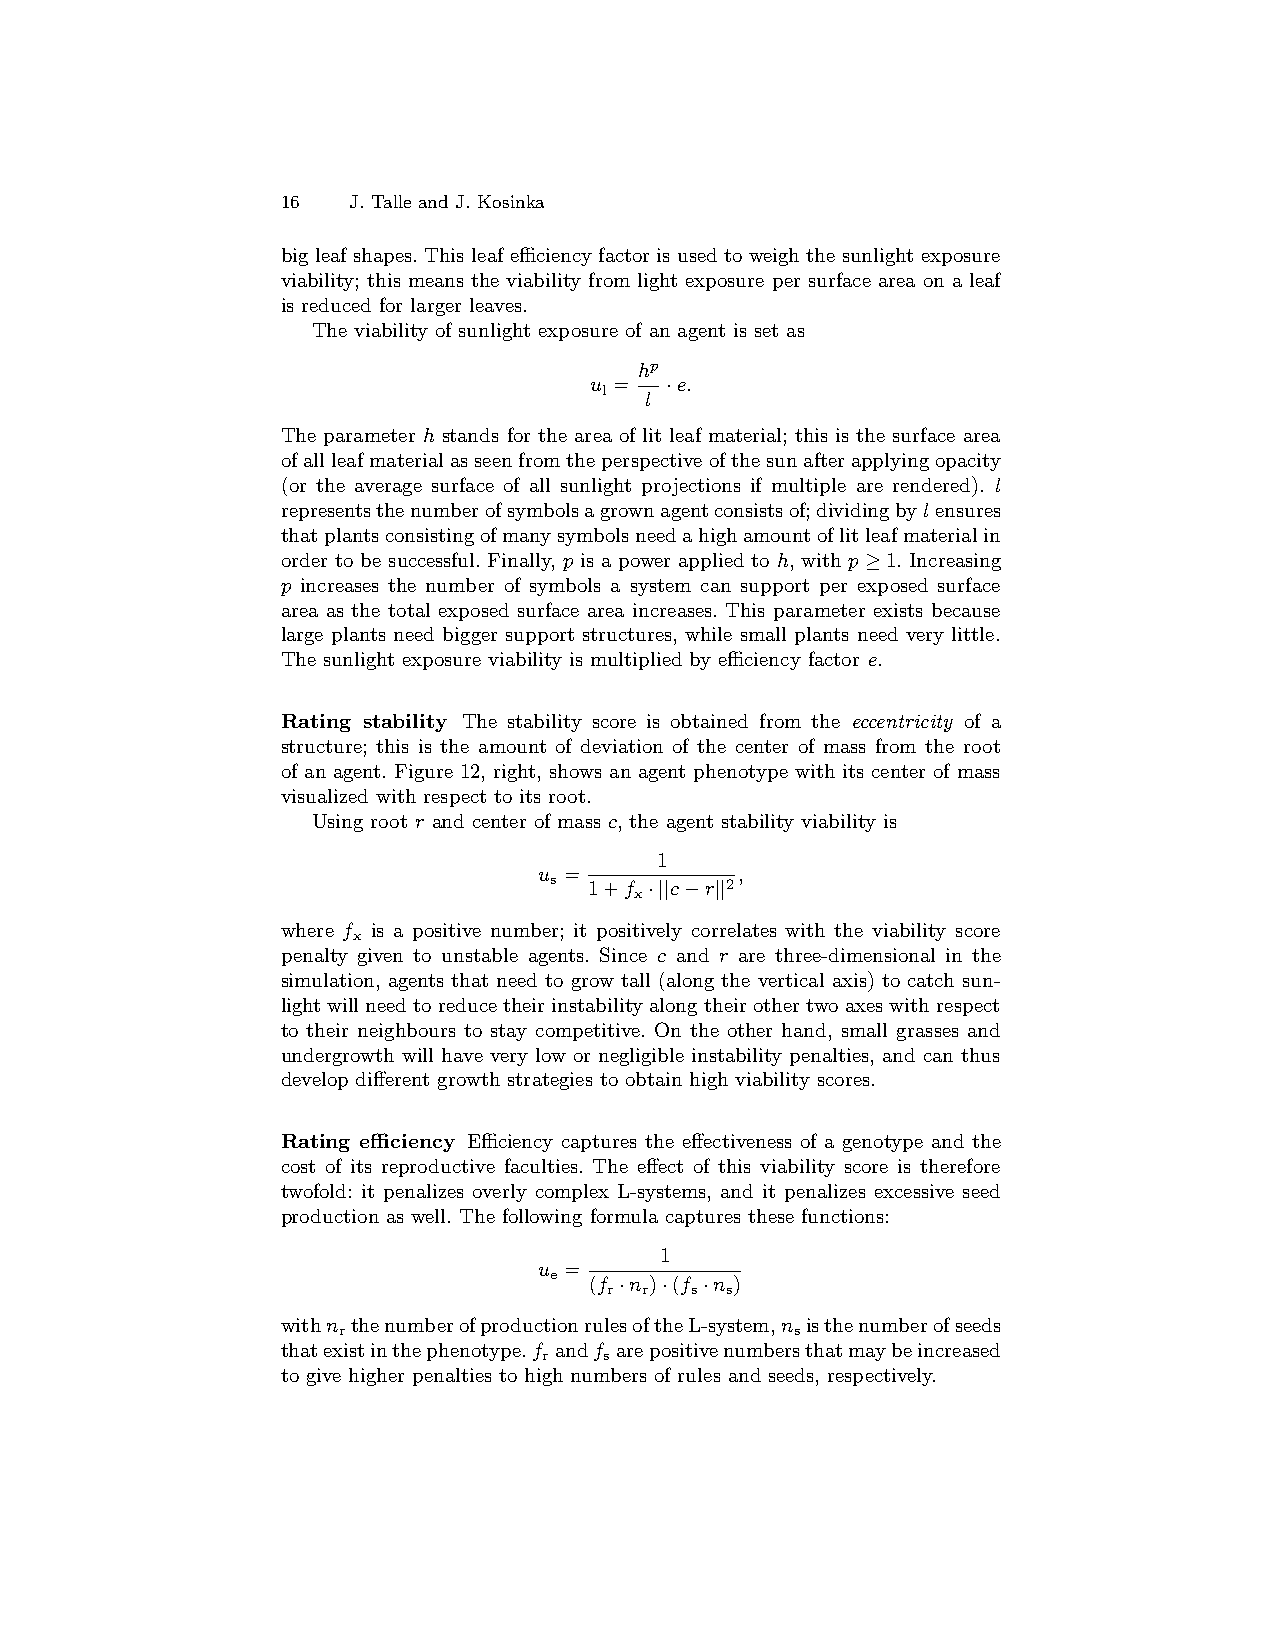
16  J. Talle and J. Kosinka
 big leaf shapes. This leaf efficiency factor is used to weigh the sunlight exposure
 viability; this means the viability from light exposure per surface area on a leaf
 is reduced for larger leaves.
 The viability of sunlight exposure of an agent is set as
 hp
 u =  ·e.
 l  l
 The parameter h stands for the area of lit leaf material; this is the surface area
 ofallleafmaterialasseenfromtheperspectiveofthesunafterapplyingopacity
 (or the average surface of all sunlight projections if multiple are rendered). l
 representsthenumberofsymbolsagrownagentconsistsof;dividingbylensures
 thatplantsconsistingofmanysymbolsneedahighamountoflitleafmaterialin
 order to be successful. Finally, p is a power applied to h, with p≥1. Increasing
 p increases the number of symbols a system can support per exposed surface
 area as the total exposed surface area increases. This parameter exists because
 large plants need bigger support structures, while small plants need very little.
 The sunlight exposure viability is multiplied by efficiency factor e.
 Rating stability The stability score is obtained from the eccentricity of a
 structure; this is the amount of deviation of the center of mass from the root
 of an agent. Figure 12, right, shows an agent phenotype with its center of mass
 visualized with respect to its root.
 Using root r and center of mass c, the agent stability viability is
 1
 u =          ,
 s  1+f ·||c−r||2
 x
 where f is a positive number; it positively correlates with the viability score
 x
 penalty given to unstable agents. Since c and r are three-dimensional in the
 simulation, agents that need to grow tall (along the vertical axis) to catch sun-
 lightwillneedtoreducetheirinstabilityalongtheirothertwoaxeswithrespect
 to their neighbours to stay competitive. On the other hand, small grasses and
 undergrowth will have very low or negligible instability penalties, and can thus
 develop different growth strategies to obtain high viability scores.
 Rating efficiency Efficiency captures the effectiveness of a genotype and the
 cost of its reproductive faculties. The effect of this viability score is therefore
 twofold: it penalizes overly complex L-systems, and it penalizes excessive seed
 production as well. The following formula captures these functions:
 1
 u =
 e  (f ·n )·(f ·n )
 r r   s s
 withn thenumberofproductionrulesoftheL-system,n isthenumberofseeds
 r                              s
 thatexistinthephenotype.f andf arepositivenumbersthatmaybeincreased
 r   s
 to give higher penalties to high numbers of rules and seeds, respectively.